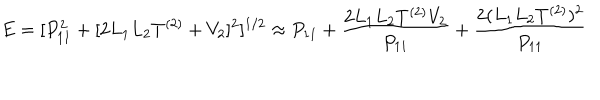
LaTeX: E = [ P _ { 1 1 } ^ { 2 } + [ 2 L _ { 1 } L _ { 2 } T ^ { ( 2 ) } + V _ { 2 } ] ^ { 2 } ] ^ { 1 / 2 } \approx P _ { 1 1 } + \frac { 2 L _ { 1 } L _ { 2 } T ^ { ( 2 ) } V _ { 2 } } { P _ { 1 1 } } + { \frac { 2 ( L _ { 1 } L _ { 2 } T ^ { ( 2 ) } ) ^ { 2 } } { P _ { 1 1 } } }